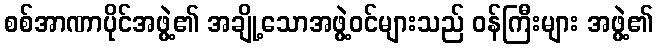
စစ်အာဏာပိုင်အဖွဲ့၏ အချို့သောအဖွဲ့ဝင်များသည် ဝန်ကြီးများ အဖွဲ့၏